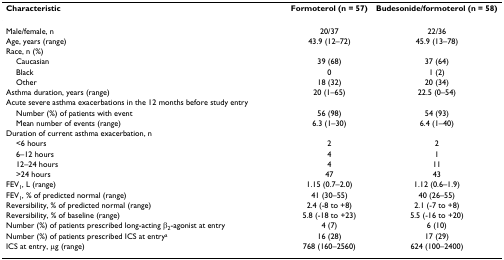
<table><thead><tr><td><b>Characteristic</b></td><td><b>Formoterol (n = 57)</b></td><td><b>Budesonide/formoterol (n = 58)</b></td></tr></thead><tbody><tr><td>Male/female, n</td><td>20/37</td><td>22/36</td></tr><tr><td>Age, years (range)</td><td>43.9 (12–72)</td><td>45.9 (13–78)</td></tr><tr><td>Race, n (%)</td><td></td><td></td></tr><tr><td> Caucasian</td><td>39 (68)</td><td>37 (64)</td></tr><tr><td> Black</td><td>0</td><td>1 (2)</td></tr><tr><td> Other</td><td>18 (32)</td><td>20 (34)</td></tr><tr><td>Asthma duration, years (range)</td><td>20 (1–65)</td><td>22.5 (0–54)</td></tr><tr><td>Acute severe asthma exacerbations in the 12 months before study entry</td><td></td><td></td></tr><tr><td> Number (%) of patients with event</td><td>56 (98)</td><td>54 (93)</td></tr><tr><td> Mean number of events (range)</td><td>6.3 (1–30)</td><td>6.4 (1–40)</td></tr><tr><td>Duration of current asthma exacerbation, n</td><td></td><td></td></tr><tr><td> &lt;6 hours</td><td>2</td><td>2</td></tr><tr><td> 6–12 hours</td><td>4</td><td>1</td></tr><tr><td> 12–24 hours</td><td>4</td><td>11</td></tr><tr><td> &gt;24 hours</td><td>47</td><td>43</td></tr><tr><td>FEV<sub>1</sub>, L (range)</td><td>1.15 (0.7–2.0)</td><td>1.12 (0.6–1.9)</td></tr><tr><td>FEV<sub>1</sub>, % of predicted normal (range)</td><td>41 (30–55)</td><td>40 (26–55)</td></tr><tr><td>Reversibility, % of predicted normal (range)</td><td>2.4 (-8 to +8)</td><td>2.1 (-7 to +8)</td></tr><tr><td>Reversibility, % of baseline (range)</td><td>5.8 (-18 to +23)</td><td>5.5 (-16 to +20)</td></tr><tr><td>Number (%) of patients prescribed long-acting β<sub>2</sub>-agonist at entry</td><td>4 (7)</td><td>6 (10)</td></tr><tr><td>Number (%) of patients prescribed ICS at entry<sup>a</sup></td><td>16 (28)</td><td>17 (29)</td></tr><tr><td>ICS at entry, μg (range)</td><td>768 (160–2560)</td><td>624 (100–2400)</td></tr></tbody></table>